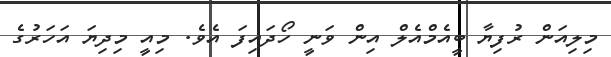
މިލިއަން ރުފިޔާ ބީއެމްއެލް އިން ވަނީ ހޯދައިފަ އެވެ. މިއީ މިދިޔަ އަހަރުގެ